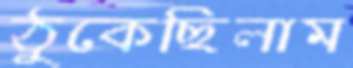
ঠুকেছিলাম